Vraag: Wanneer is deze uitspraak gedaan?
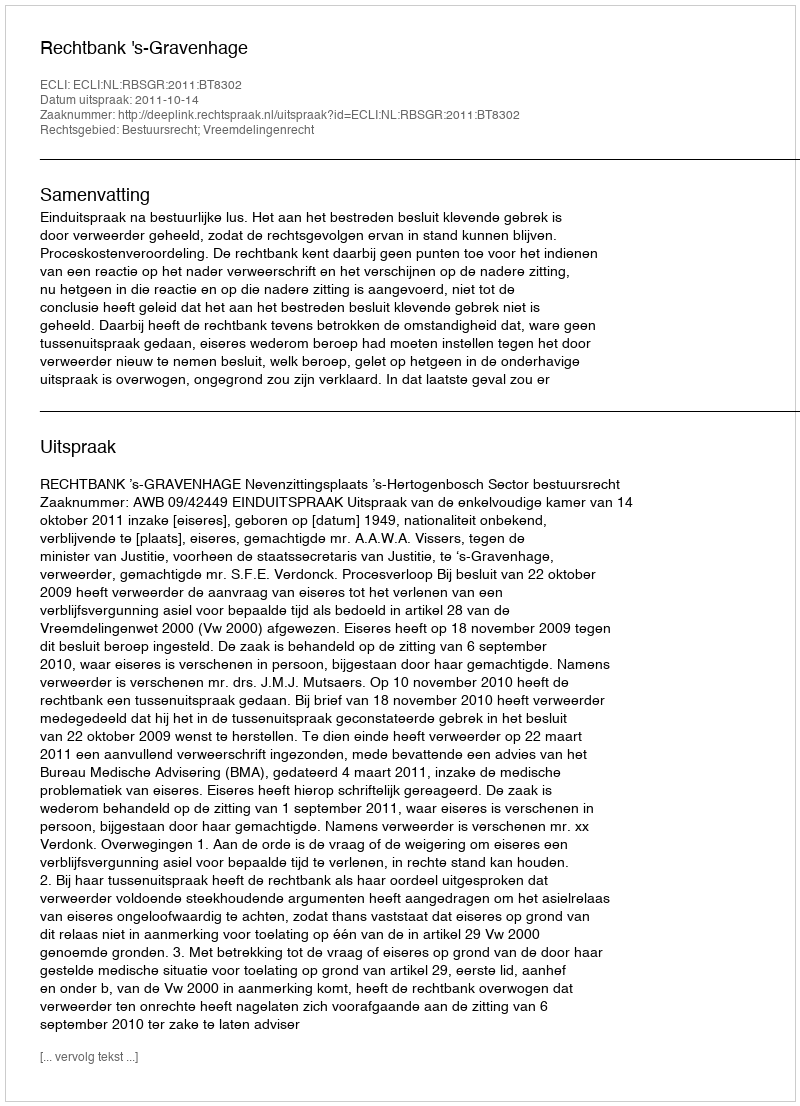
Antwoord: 2011-10-14